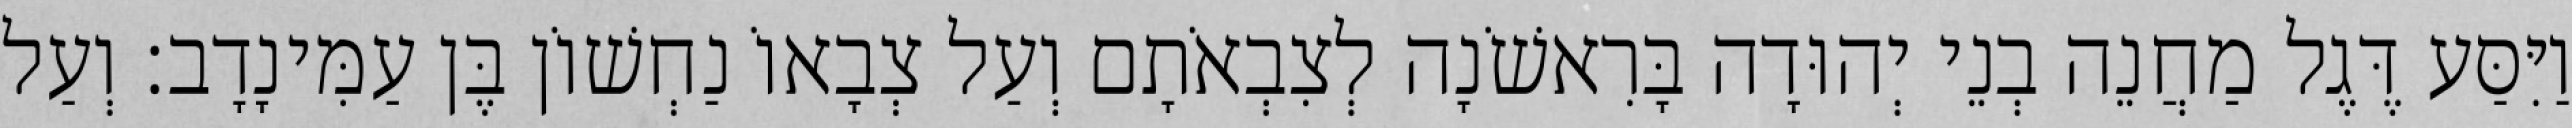
וַיִּסַּע דֶּגֶל מַחֲנֵה בְנֵי יְהוּדָה בָּרִאשֹׁנָה לְצִבְאֹתָם וְעַל צְבָאוֹ נַחְשׁוֹן בֶּן עַמִּינָדָב׃ וְעַל